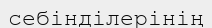
себінділерінің